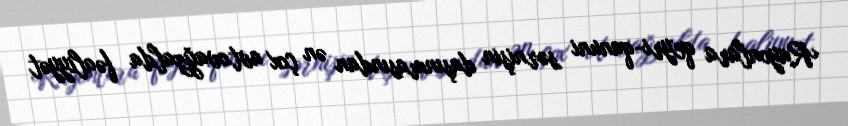
Rayonlara qeyri-qanuni sərnişin daşınmasından ən çox avtovağzalda fəaliyyət